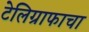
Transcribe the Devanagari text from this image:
टेलिग्राफाचा